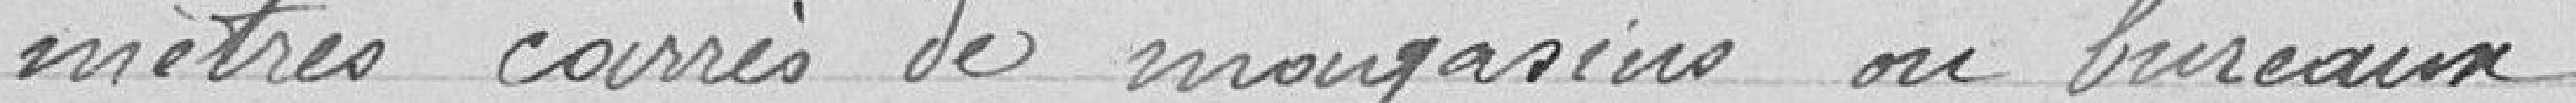
mètres carrés de magasins ou bureaux.